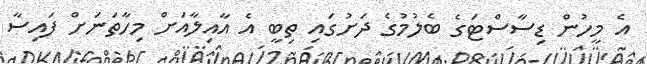
އެ މީހުން ޑިސާސްޓަގެ ބެލުމުގެ ދަށުގައި ތިބީ އެ އާއިލާއަށް މިހާތަނަށް ފައިސާ